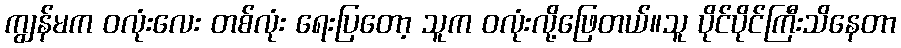
ကျွန်မက ဝလုံးလေး တစ်လုံး ရေးပြတော့ သူက ဝလုံးလို့ဖြေတယ်။သူ ပိုင်ပိုင်ကြီးသိနေတာ